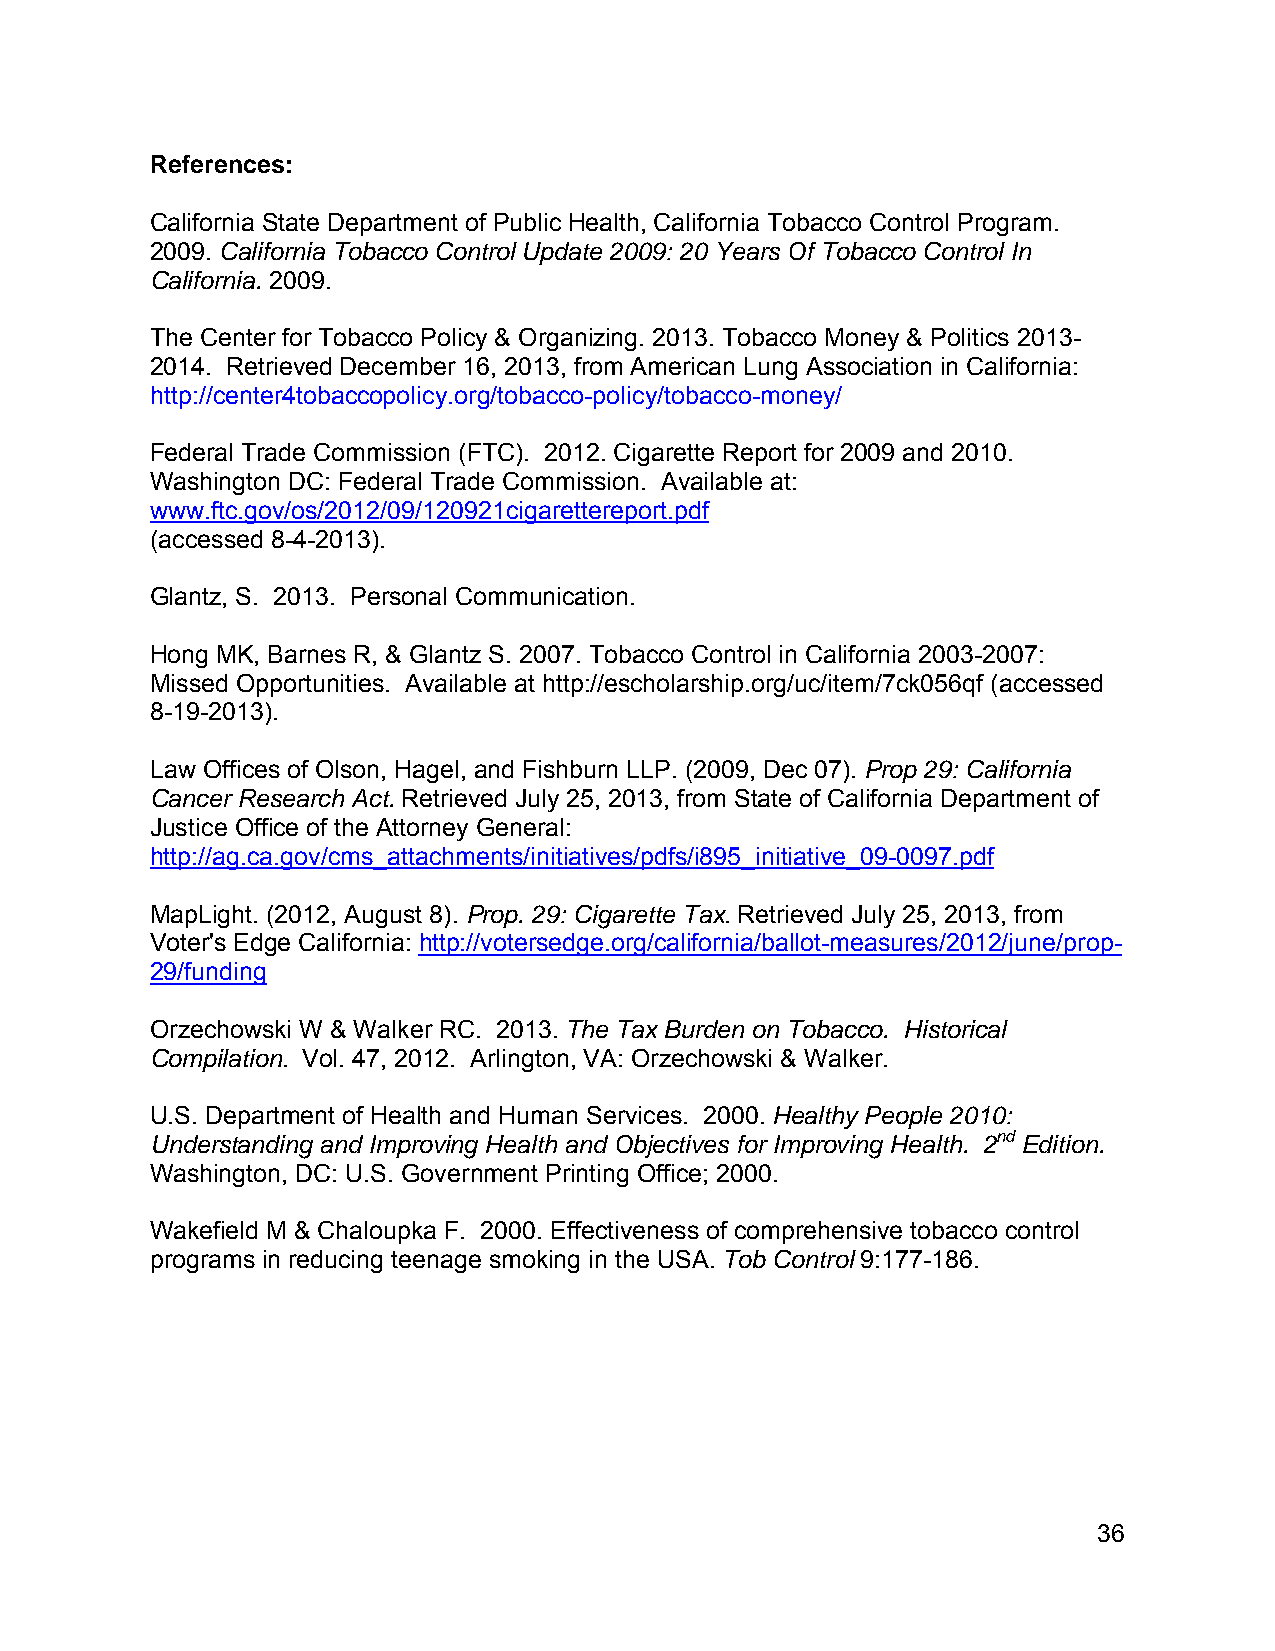
References:
 California State Department of Public Health, California Tobacco Control Program.
 2009. California Tobacco Control Update 2009: 20 Years Of Tobacco Control In
 California. 2009.
 The Center for Tobacco Policy & Organizing. 2013. Tobacco Money & Politics 2013-
 2014. Retrieved December 16, 2013, from American Lung Association in California:
 http://center4tobaccopolicy.org/tobacco-policy/tobacco-money/
 Federal Trade Commission (FTC). 2012. Cigarette Report for 2009 and 2010.
 Washington DC: Federal Trade Commission. Available at:
 www.ftc.gov/os/2012/09/120921cigarettereport.pdf
 (accessed 8-4-2013).
 Glantz, S. 2013. Personal Communication.
 Hong MK, Barnes R, & Glantz S. 2007. Tobacco Control in California 2003-2007:
 Missed Opportunities. Available at http://escholarship.org/uc/item/7ck056qf (accessed
 8-19-2013).
 Law Offices of Olson, Hagel, and Fishburn LLP. (2009, Dec 07). Prop 29: California
 Cancer Research Act. Retrieved July 25, 2013, from State of California Department of
 Justice Office of the Attorney General:
 http://ag.ca.gov/cms_attachments/initiatives/pdfs/i895_initiative_09-0097.pdf
 MapLight. (2012, August 8). Prop. 29: Cigarette Tax. Retrieved July 25, 2013, from
 Voter's Edge California: http://votersedge.org/california/ballot-measures/2012/june/prop-
 29/funding
 Orzechowski W & Walker RC. 2013. The Tax Burden on Tobacco. Historical
 Compilation. Vol. 47, 2012. Arlington, VA: Orzechowski & Walker.
 U.S. Department of Health and Human Services. 2000. Healthy People 2010:
 Understanding and Improving Health and Objectives for Improving Health. 2nd Edition.
 Washington, DC: U.S. Government Printing Office; 2000.
 Wakefield M & Chaloupka F. 2000. Effectiveness of comprehensive tobacco control
 programs in reducing teenage smoking in the USA. Tob Control 9:177-186.
 36